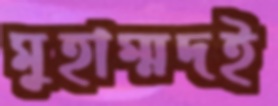
মুহাম্মদই